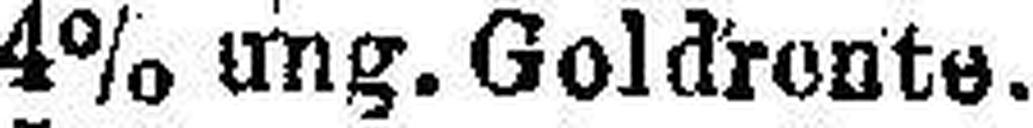
4% ung. Goldrente.